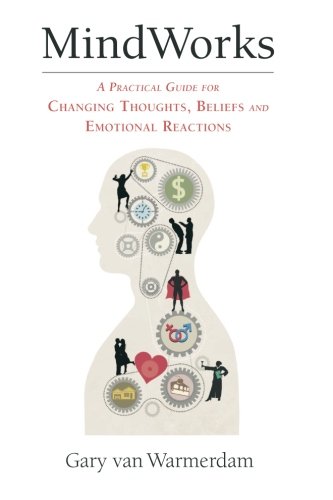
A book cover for MindWorks: A Practical Guide for Changing Thoughts Beliefs, and Emotional Reactions; Gary van Warmerdam; Self-Help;